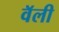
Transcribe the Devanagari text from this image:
वॅली